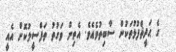
ގެ ޙަދީޘްފުޅުތަކުން ސާބިތުވެއެވެ. އެތިން ވަގުތު ތަފްސީލުކޮށް އެއީ